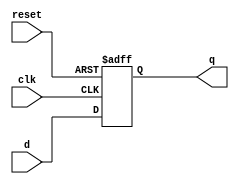
module d_flip_flop (
    input clk, // clock input
    input reset, // reset input
    input d, // data input
    output reg q // output representing stored data
);

always @(posedge clk or posedge reset) begin
    if (reset) begin
        q <= 1'b0; // specify reset state
    end else begin
        q <= d; // load input data on rising edge of clock
    end
end

endmodule